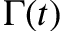
\Gamma ( t )